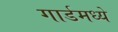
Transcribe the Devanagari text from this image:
गार्डमध्ये